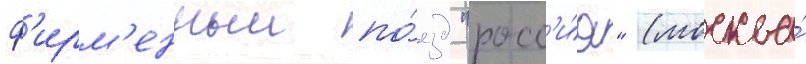
ф'ирм'енныи по́езд "росс'и́я" (москва́